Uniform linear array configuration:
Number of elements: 12
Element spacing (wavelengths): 0.5
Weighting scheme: binomial
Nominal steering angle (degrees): -60
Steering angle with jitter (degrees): -60.679
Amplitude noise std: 0.05
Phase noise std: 0.05

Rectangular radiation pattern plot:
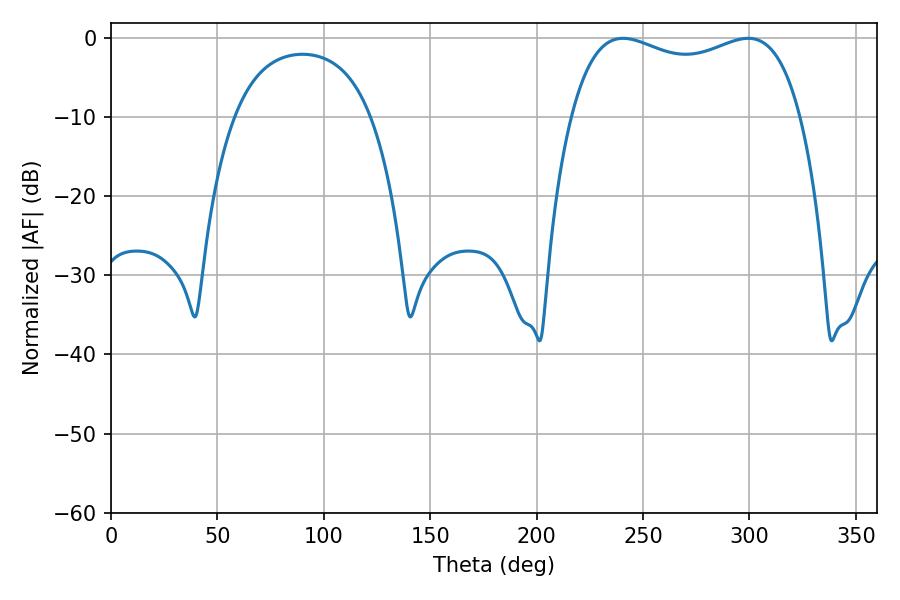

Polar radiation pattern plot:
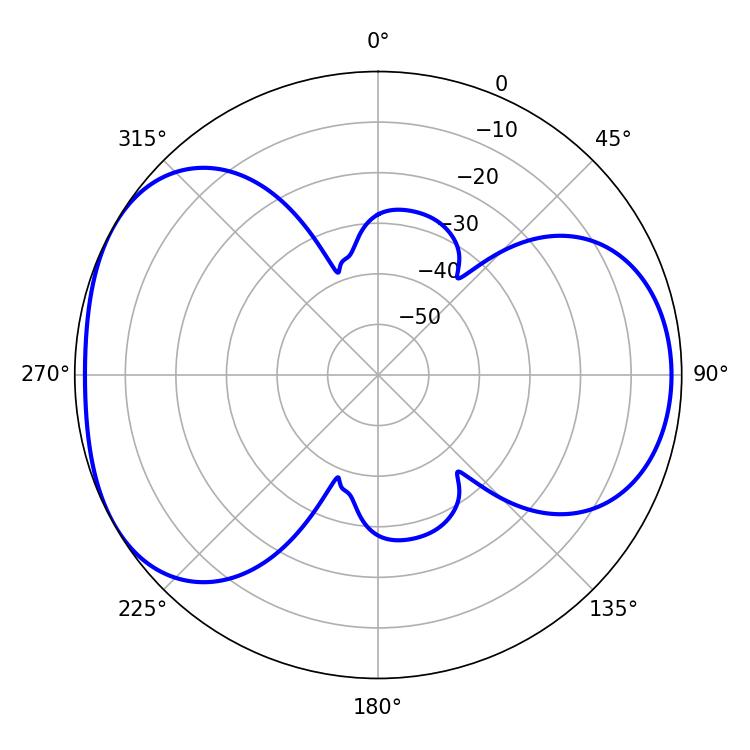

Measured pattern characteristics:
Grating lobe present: FALSE
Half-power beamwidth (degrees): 88.56
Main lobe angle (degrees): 240.66